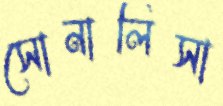
সোনালিসা